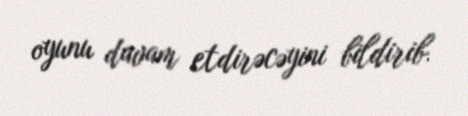
oyunu davam etdirəcəyini bildirib.